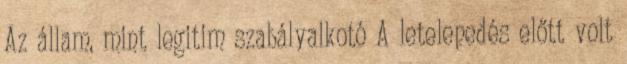
Az állam, mint legitim szabályalkotó A letelepedés előtt volt